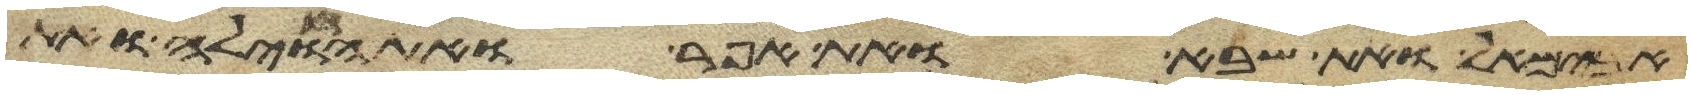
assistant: אבימאל ואת שבא ואת אפר ואת חוילה ואת